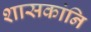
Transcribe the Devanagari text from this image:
शासकांनि